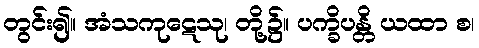
တွင်း၍။ အံသကုဋေသု၊ တို့၌။ ပက္ခိပန္တိ ယထာ စ၊